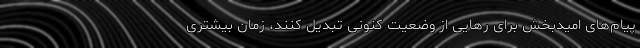
پیام‌های امیدبخش برای رهایی از وضعیت کنونی تبدیل کنند، زمان بیشتری